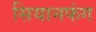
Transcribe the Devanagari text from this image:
सियानफंग